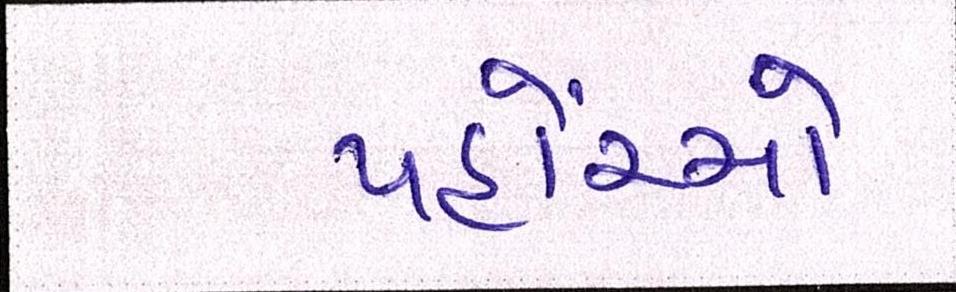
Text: પહોંચ્યો